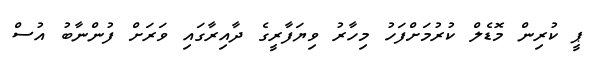
ޕީ ކުރިން މޮޑެލް ކުރުމަށްފަހު މިހާރު ވިޔަފާރީގެ ދާއިރާގައި ވަރަށް ފުންނާބު އުސް